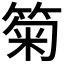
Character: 𥮗